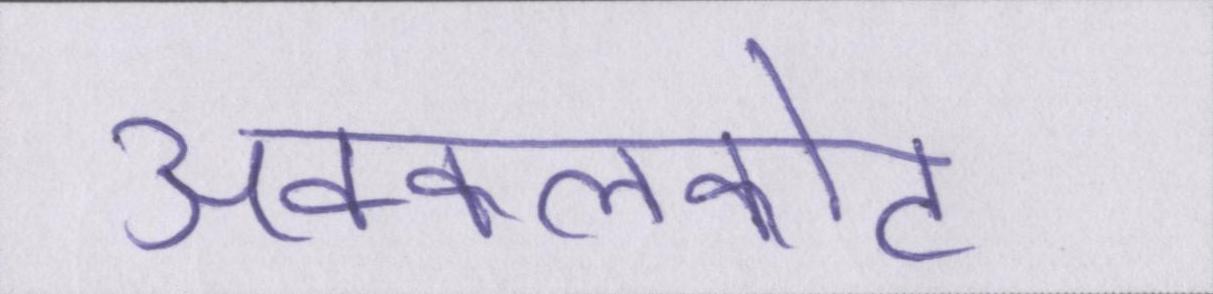
अक्कलकोट